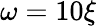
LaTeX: \omega=10\xi